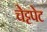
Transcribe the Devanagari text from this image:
चेट्टपेट